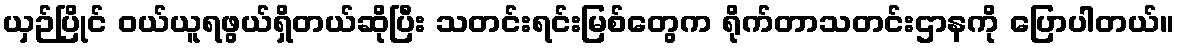
ယှဉ်ပြိုင် ဝယ်ယူရဖွယ်ရှိတယ်ဆိုပြီး သတင်းရင်းမြစ်တွေက ရိုက်တာသတင်းဌာနကို ပြောပါတယ်။